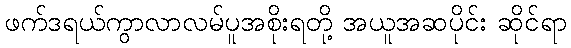
ဖက်ဒရယ်ကွာလာလမ်ပူအစိုးရတို့ အယူအဆပိုင်း ဆိုင်ရာ